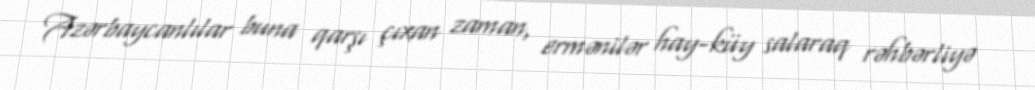
Azərbaycanlılar buna qarşı çıxan zaman, ermənilər hay-küy salaraq rəhbərliyə